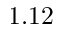
1 . 1 2